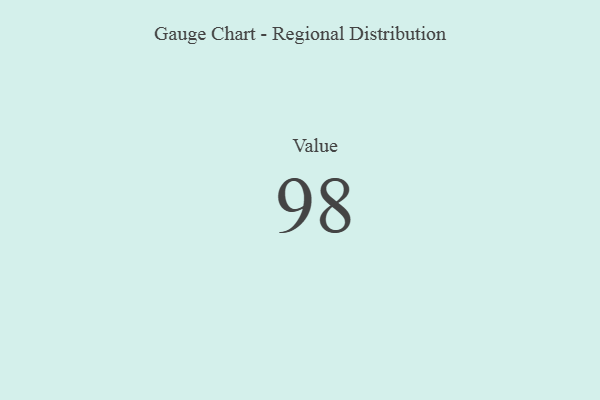
{"axis": {"x": "Metric", "y": "Value"}, "legend": [""], "data": [{"x": "Value", "y": 98, "type": ""}]}